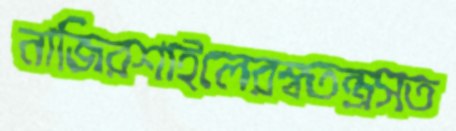
নাজিরশাইলেরস্বতন্ত্রসত